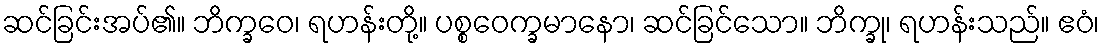
ဆင်ခြင်းအပ်၏။ ဘိက္ခဝေ၊ ရဟန်းတို့။ ပစ္စဝေက္ခမာနော၊ ဆင်ခြင်သော။ ဘိက္ခု၊ ရဟန်းသည်။ ဧဝံ၊